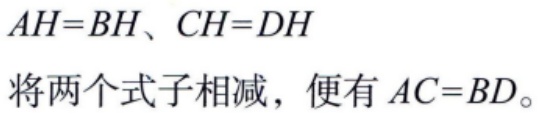
\(AH = BH、CH = DH\)
将两个式子相减，便有 \(AC = BD\)。